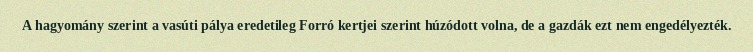
A hagyomány szerint a vasúti pálya eredetileg Forró kertjei szerint húzódott volna, de a gazdák ezt nem engedélyezték.